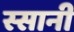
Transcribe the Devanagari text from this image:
स्सानी